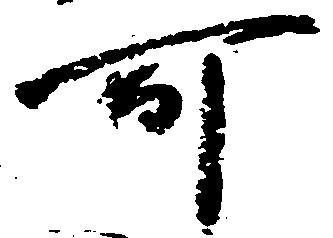
可